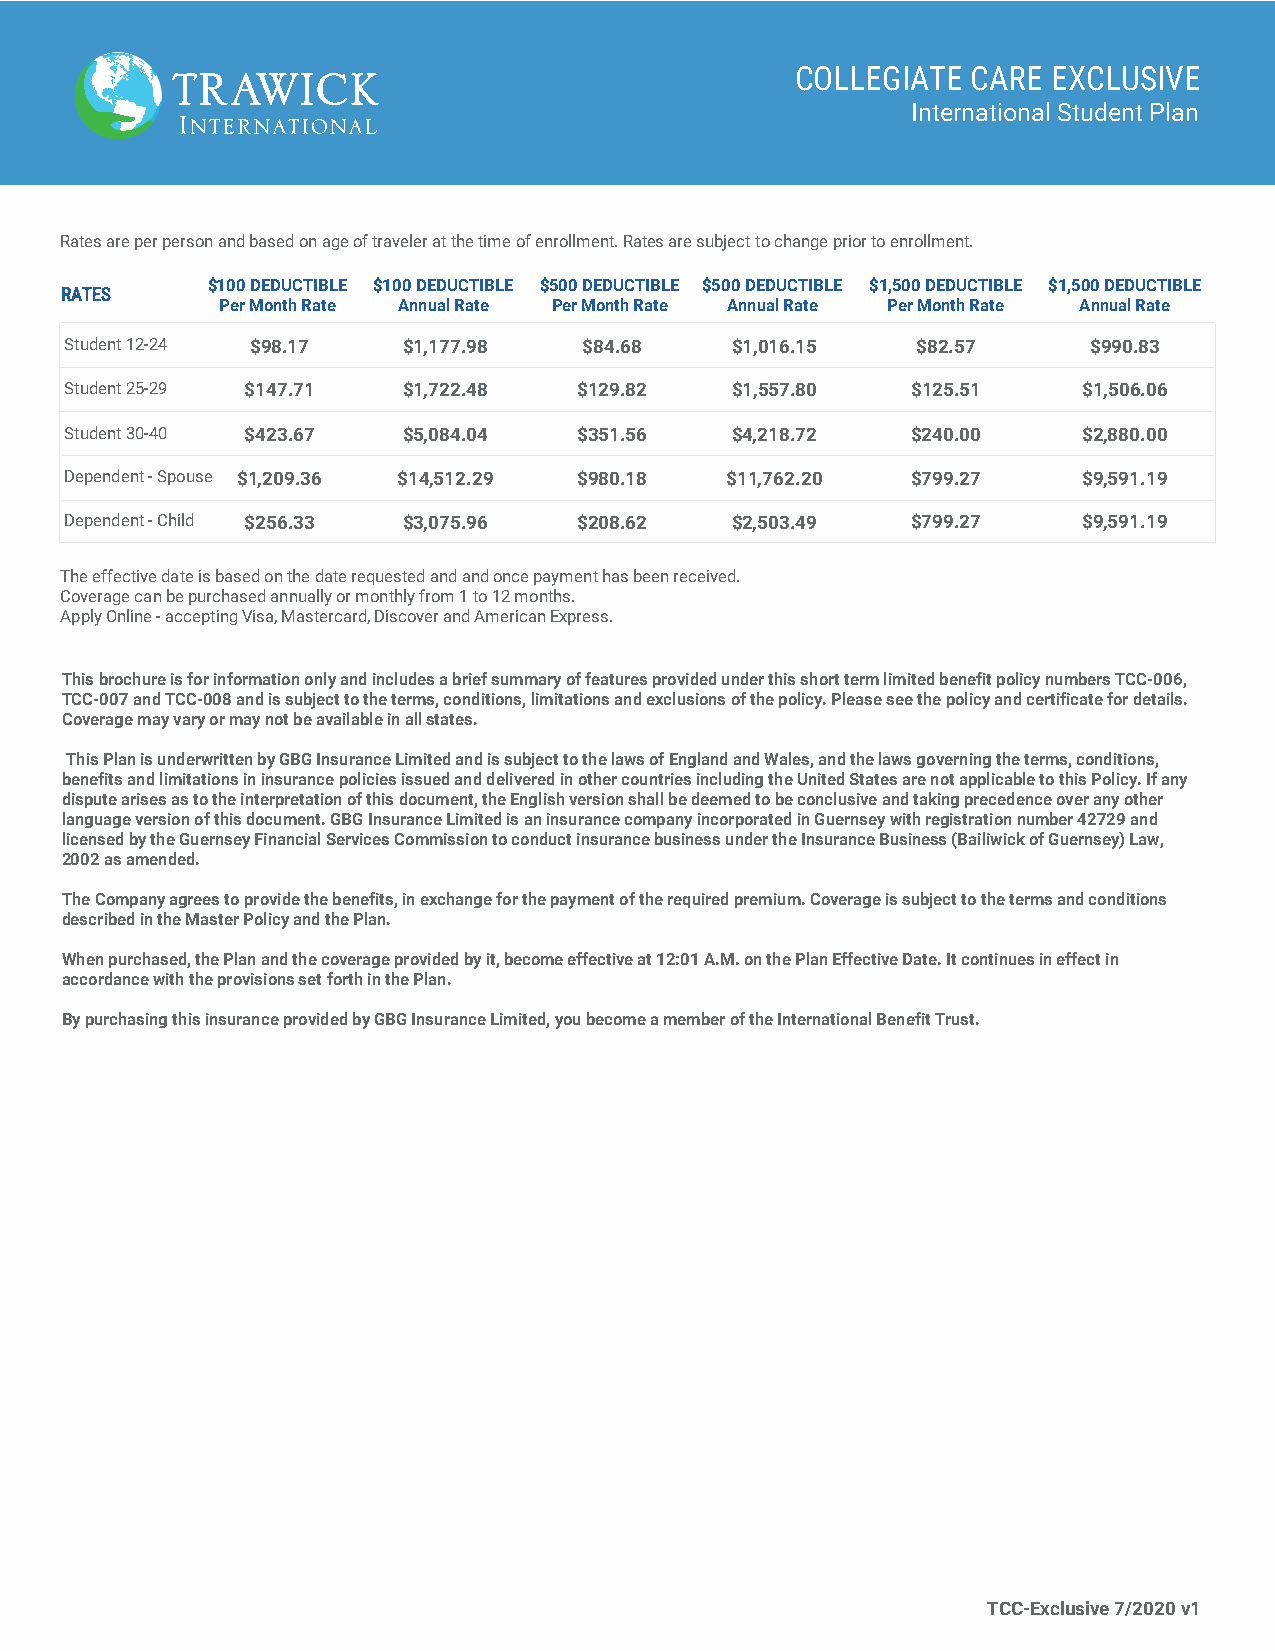
COLLEGIATE CARE  EXCLUSIVE
 International Student Plan
 Rates are per person and based on age of traveler at the time of enrollment. Rates are subject to change prior to enrollment.
 $100 DEDUCTIBLE $100 DEDUCTIBLE $500 DEDUCTIBLE $500 DEDUCTIBLE $1,500 DEDUCTIBLE $1,500 DEDUCTIBLE
 RATES
 Per Month Rate Annual Rate Per Month Rate Annual Rate Per Month Rate Annual Rate
 Student 12-24 $98.17   $1,177.98   $84.68   $1,016.15    $82.57     $990.83
 Student 25-29 $147.71  $1,722.48  $129.82   $1,557.80   $125.51     $1,506.06
 Student 30-40 $423.67  $5,084.04  $351.56   $4,218.72   $240.00     $2,880.00
 Dependent - Spouse $1,209.36 $14,512.29 $980.18 $11,762.20 $799.27  $9,591.19
 Dependent - Child $256.33 $3,075.96 $208.62 $2,503.49   $799.27     $9,591.19
 The effective date is based on the date requested and and once payment has been received.
 Coverage can be purchased annually or monthly from 1 to 12 months.
 Apply Online - accepting Visa, Mastercard, Discover and American Express.
 This brochure is for information only and includes a brief summary of features provided under this short term limited benefit policy numbers TCC-006,
 TCC-007 and TCC-008 and is subject to the terms, conditions, limitations and exclusions of the policy. Please see the policy and certificate for details.
 Coverage may vary or may not be available in all states.
 This Plan is underwritten by GBG Insurance Limited and is subject to the laws of England and Wales, and the laws governing the terms, conditions,
 benefits and limitations in insurance policies issued and delivered in other countries including the United States are not applicable to this Policy. If any
 dispute arises as to the interpretation of this document, the English version shall be deemed to be conclusive and taking precedence over any other
 language version of this document. GBG Insurance Limited is an insurance company incorporated in Guernsey with registration number 42729 and
 licensed by the Guernsey Financial Services Commission to conduct insurance business under the Insurance Business (Bailiwick of Guernsey) Law,
 2002 as amended.
 The Company agrees to provide the benefits, in exchange for the payment of the required premium. Coverage is subject to the terms and conditions
 described in the Master Policy and the Plan.
 When purchased, the Plan and the coverage provided by it, become effective at 12:01 A.M. on the Plan Effective Date. It continues in effect in
 accordance with the provisions set forth in the Plan.
 By purchasing this insurance provided by GBG Insurance Limited, you become a member of the International Benefit Trust.
 TCC-Exclusive 7/2020 v1